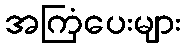
အကြံပေးများ